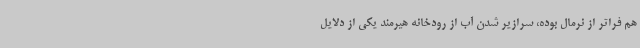
هم فراتر از نرمال بوده، سرازیر شدن آب از رودخانه هیرمند یکی از دلایل